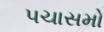
પચાસમો